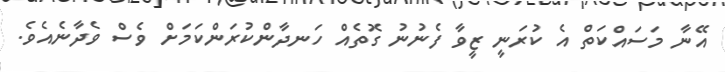
އޭނާ މަސައްކަތް އެ ކުރަނީ ޒީވާ ފެނުނު ގޮތެއް ހަނދާންކުރަންކަމަށް ވެސް ވެދާނެއެވެ.